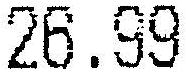
26.99